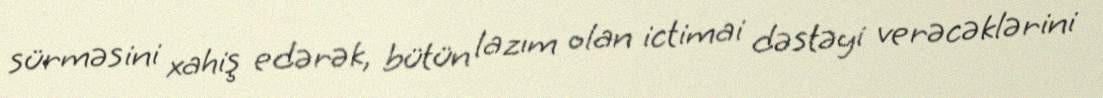
sürməsini xahiş edərək, bütün lazım olan ictimai dəstəyi verəcəklərini